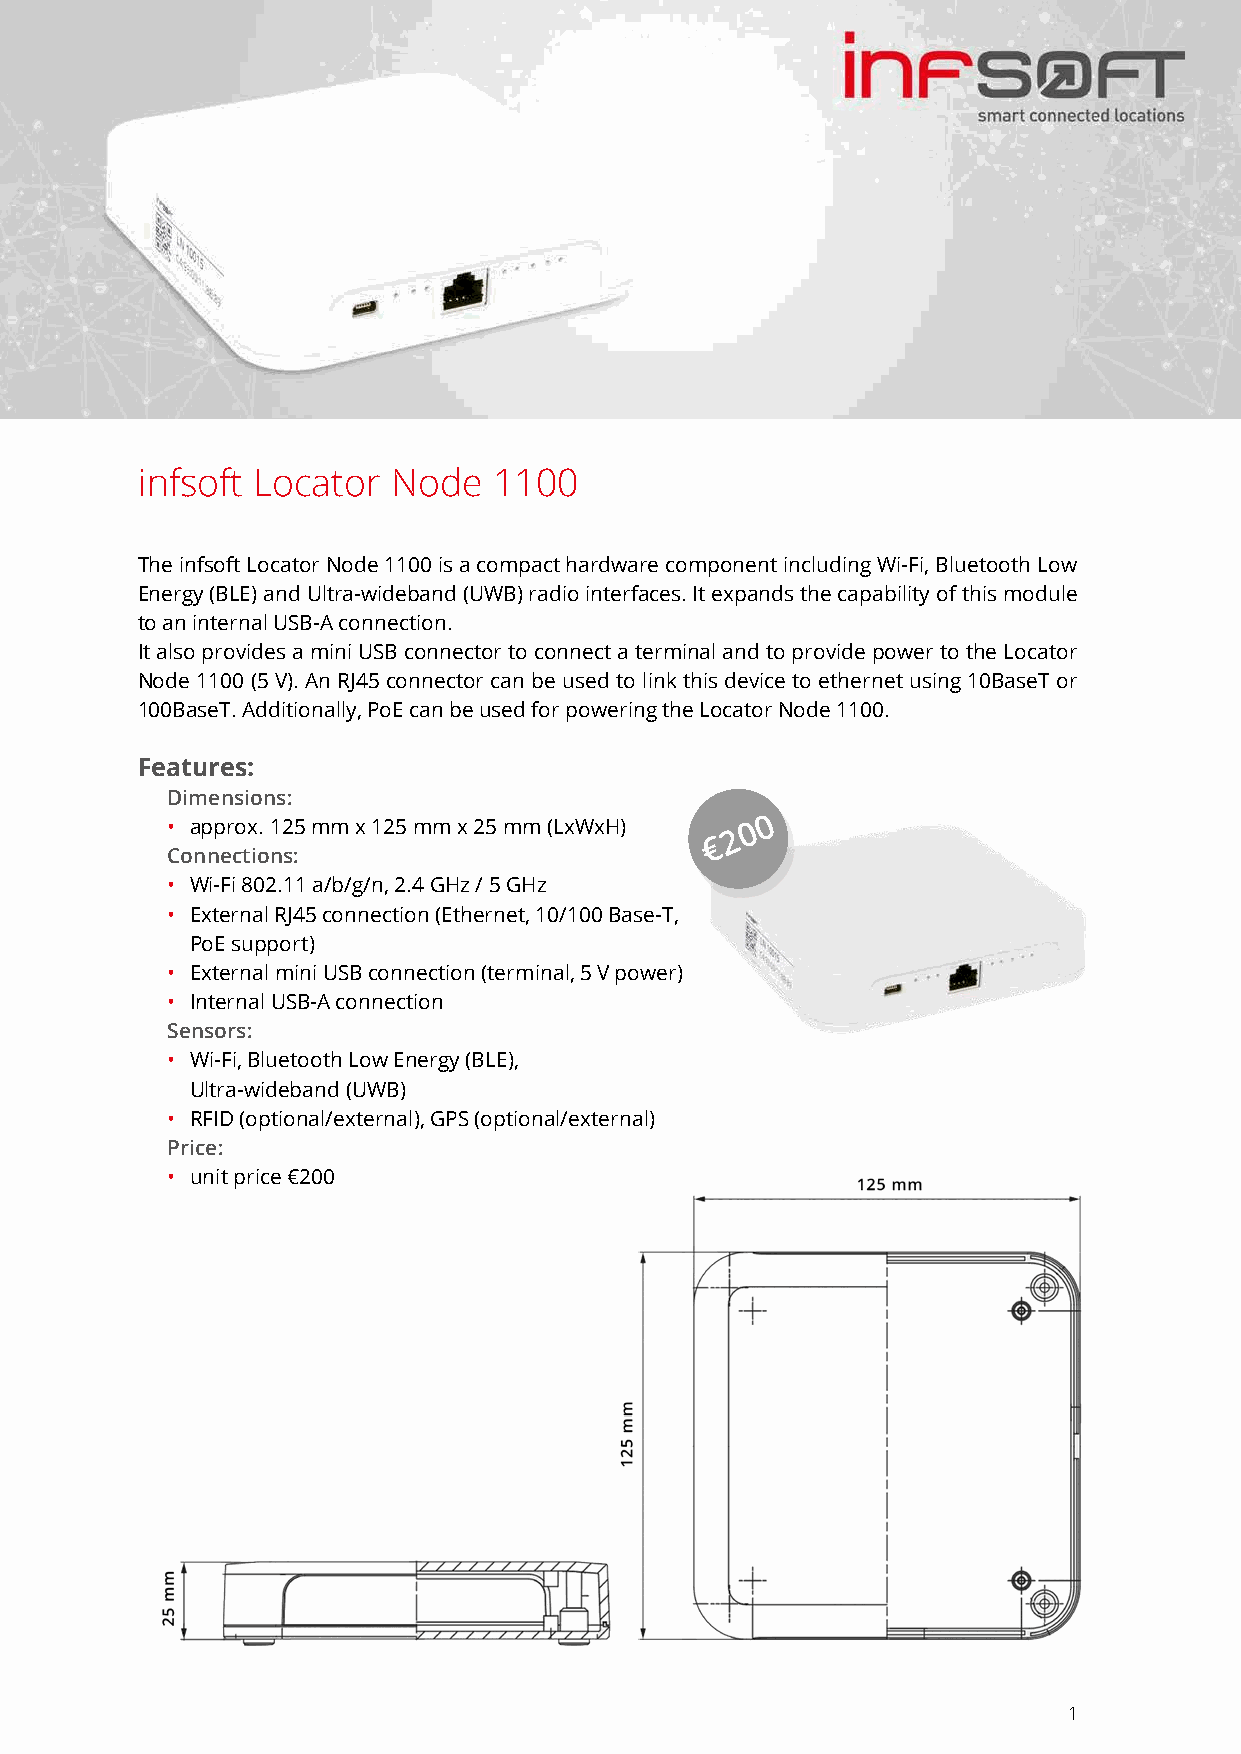
infsoft Locator  Node   1100
 The infsoft Locator Node 1100 is a compact hardware component including Wi-Fi, Bluetooth Low
 Energy (BLE) and Ultra-wideband (UWB) radio interfaces. It expands the capability of this module
 to an internal USB-A connection.
 It also provides a mini USB connector to connect a terminal and to provide power to the Locator
 Node 1100 (5 V). An RJ45 connector can be used to link this device to ethernet using 10BaseT or
 100BaseT. Additionally, PoE can be used for powering the Locator Node 1100.
 Features:
 Dimensions:
 0
 • approx. 125 mm x 125 mm x 25 mm (LxWxH) 0
 2
 €
 Connections:
 • Wi-Fi 802.11 a/b/g/n, 2.4 GHz / 5 GHz
 • External RJ45 connection (Ethernet, 10/100 Base-T,
 PoE support)
 • External mini USB connection (terminal, 5 V power)
 • Internal USB-A connection
 Sensors:
 • Wi-Fi, Bluetooth Low Energy (BLE),
 Ultra-wideband (UWB)
 • RFID (optional/external), GPS (optional/external)
 Price:
 • unit price €200
 1